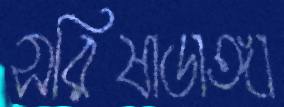
সরিষাডাঙ্গা